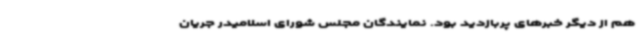
هم از دیگر خبرهای پربازدید بود. نمایندگان مجلس شورای اسلامیدر جریان